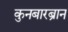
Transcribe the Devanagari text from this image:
कुनबारब्रान